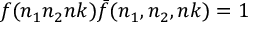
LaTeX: f ( n _ { 1 } n _ { 2 } n k ) { \bar { f } } ( n _ { 1 } , n _ { 2 } , n k ) = 1